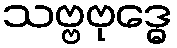
သဗ္ဗဗုဒ္ဓေ